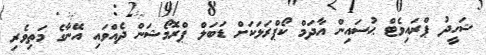
ޝަހީދު ޕްރައިވެޓް ޙުސައިން އާދަމް ކޯޕްރަލަކަށް ޑަބަލް ޕްރޮމޯޝަން ދެއްވައި އޭނާގެ މަތިވެރި